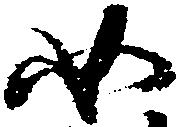
如